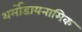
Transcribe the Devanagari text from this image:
थर्मोडायनामिक